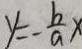
y = - \frac { b } { a } x